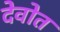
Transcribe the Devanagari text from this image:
देवोत